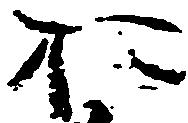
お